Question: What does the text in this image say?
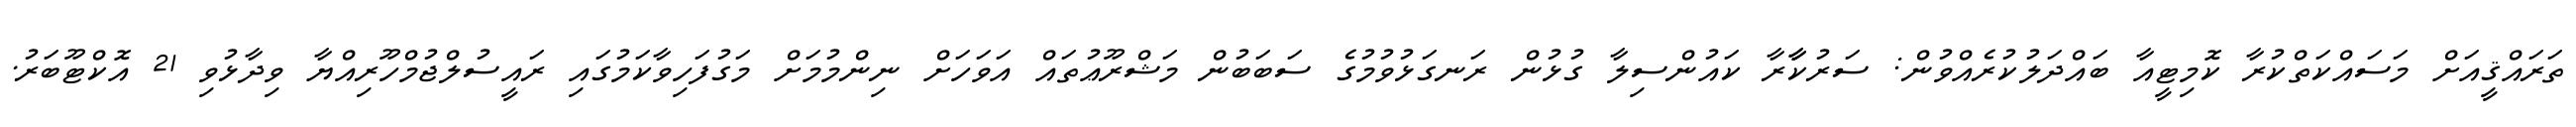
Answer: ތަރައްޤީއަށް މަސައްކަތްކުރާ ކޮމިޓީއާ ބައްދަލުކުރެއްވުން: ސަރުކާާރާ ކައުންސިލާ ގުޅުން ރަނގަޅުވުމުގެ ސަބަބުން މަޝްރޫޢުތައް އަވަހަށް ނިންމުމަށް މަގުފަހިވާކަމުގައި ރައީސުލްޖުމްހޫރިއްޔާ ވިދާޅުވި 21 އޮކްޓޫބަރު.